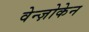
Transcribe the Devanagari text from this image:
वेन्ज़ोकेन